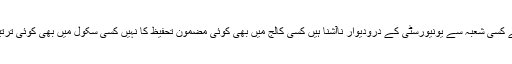
کسی یونیورسٹی میں حفظ قرآن کا کوئی بندوبست نہیں " شعبہ تحفیظ قرآن " نام کے کسی شعبہ سے یونیورسٹی کے درودیوار ناآشنا ہیں کسی کالج میں بھی کوئی مضمون تحفیظ کا نہیں کسی سکول میں بھی کوئی ترتیب نہیں سوائے چند اسلامی سکولوں کے لیکن انکے نتائج بھی مایوس کن ہی ہیں ۔